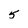
Character: 5